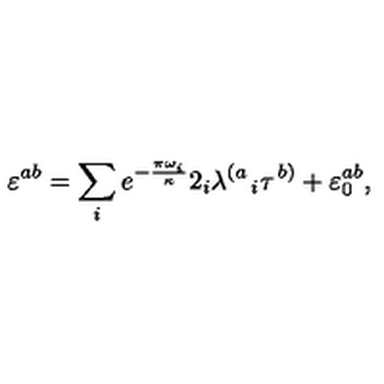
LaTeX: \varepsilon ^ { a b } = \sum _ { i } e ^ { - { \frac { \pi \omega _ { i } } { \kappa } } } 2 _ { i } { \lambda ^ { \left( a \right. } } _ { i } \tau ^ { \left. b \right) } + \varepsilon _ { 0 } ^ { a b } ,